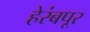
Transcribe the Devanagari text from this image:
हेरंबपूर